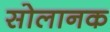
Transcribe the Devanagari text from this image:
सोलानक